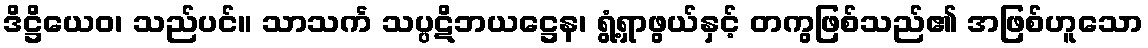
ဒိဋ္ဌိယေဝ၊ သည်ပင်။ သာသင်္က သပ္ပဋိဘယဋ္ဌေန၊ ရွံ့ရှာဖွယ်နှင့် တကွဖြစ်သည်၏ အဖြစ်ဟူသော